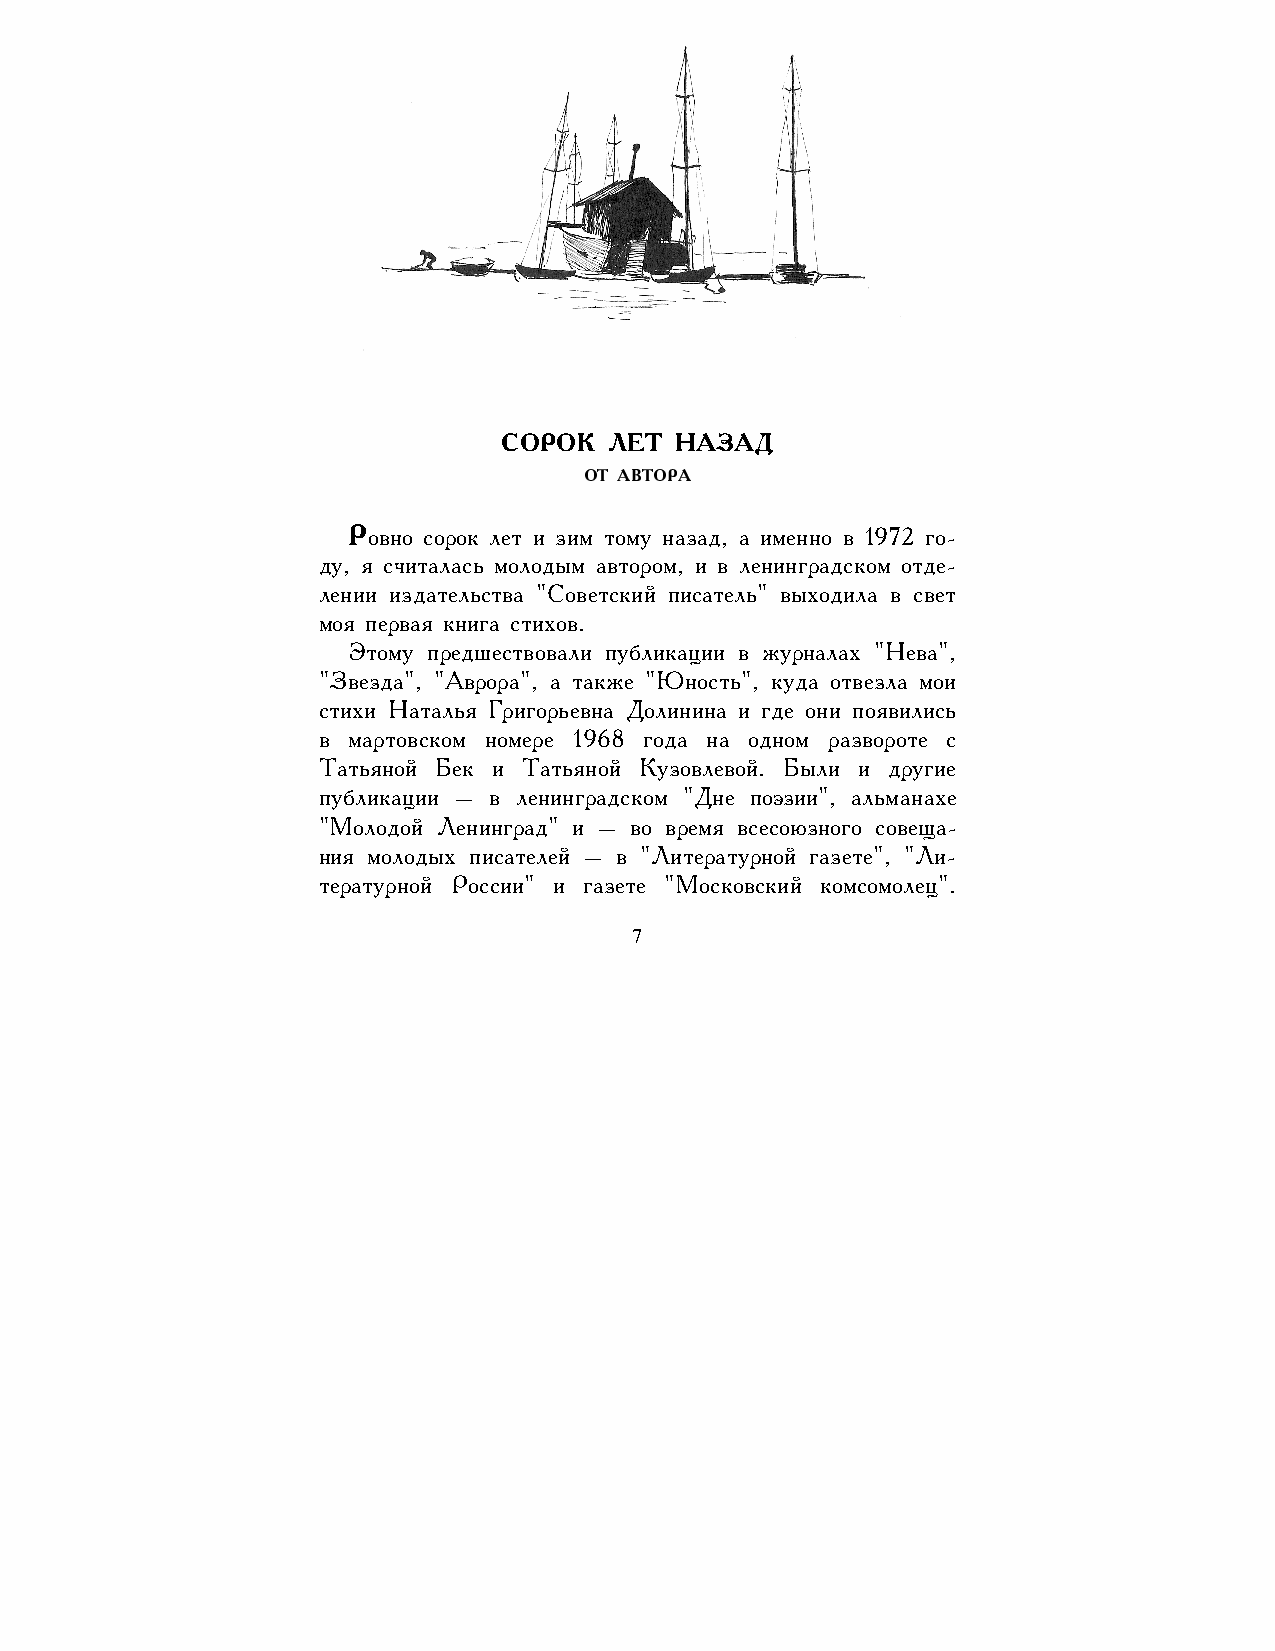
СОРОК  ЛЕТ  НАЗАД
 ОТ АВТОРА
 Ровно сорок лет и зим тому назад, а именно в 1972 го-
 ду, я считалась молодым автором, и в ленинградском отде-
 лении издательства "Советский писатель" выходила в свет
 моя первая книга стихов.
 Этому предшествовали публикации в журналах "Нева",
 "Звезда", "Аврора", а также "Юность", куда отвезла мои
 стихи Наталья Григорьевна Долинина и где они появились
 в мартовском номере 1968 года на одном развороте с
 Татьяной Бек и Татьяной Кузовлевой. Были и другие
 публикации – в ленинградском "Дне поэзии", альманахе
 "Молодой Ленинград" и – во время всесоюзного совеща-
 ния молодых писателей – в "Литературной газете", "Ли-
 тературной России" и газете "Московский комсомолец".
 7